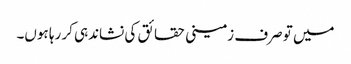
میں تو صرف زمینی حقائق کی نشاندہی کر رہا ہوں۔